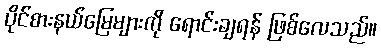
ပိုင်စားနယ်မြေများကို ရောင်းချရန် ဖြစ်လေသည်။